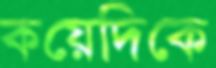
কয়েদিকে